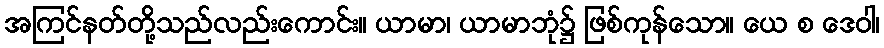
အကြင်နတ်တို့သည်လည်းကောင်း။ ယာမာ၊ ယာမာဘုံ၌ ဖြစ်ကုန်သော။ ယေ စ ဒေဝါ၊